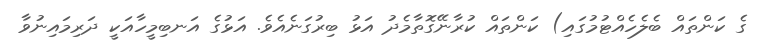
ގެ ކަންތައް ބެލެހެއްޓުމުގައި) ކަންތައް ކުރާނޭގޮތާމެދު އަޅު ބިރުގަނެއެވެ. އަޅުގެ އަނބިމީހާއަކީ ދަރިމައިނުވާ